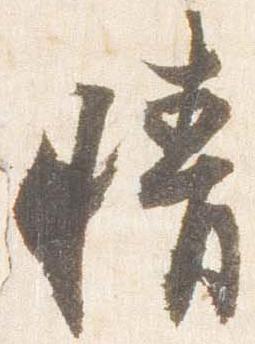
晴